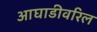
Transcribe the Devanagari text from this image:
आघाडीवरिल